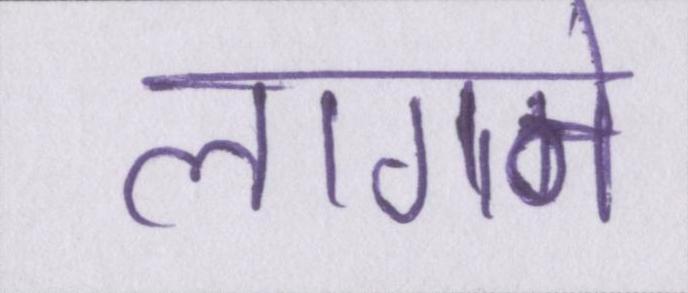
लागने